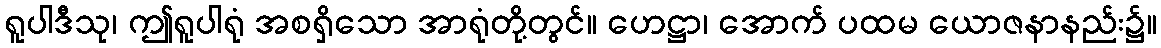
ရူပါဒီသု၊ ဤရူပါရုံ အစရှိသော အာရုံတို့တွင်။ ဟေဋ္ဌာ၊ အောက် ပထမ ယောဇနာနည်း၌။